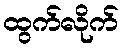
ထွက်လိုက်